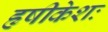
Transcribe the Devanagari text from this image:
हृषीकेशः